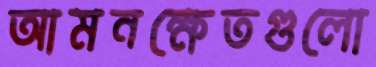
আমনক্ষেতগুলো